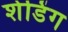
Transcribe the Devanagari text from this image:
शेडिंग